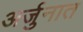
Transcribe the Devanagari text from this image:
अर्जुनात